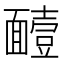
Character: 𮧑